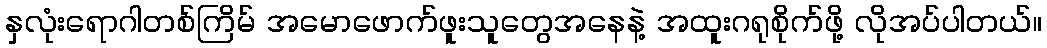
နှလုံးရောဂါတစ်ကြိမ် အမောဖောက်ဖူးသူတွေအနေနဲ့ အထူးဂရုစိုက်ဖို့ လိုအပ်ပါတယ်။